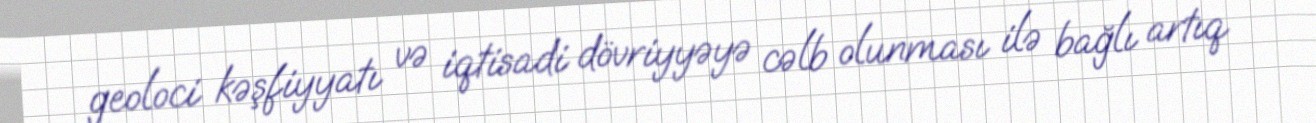
geoloci kəşfiyyatı və iqtisadi dövriyyəyə cəlb olunması ilə bağlı artıq